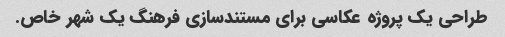
طراحی یک پروژه عکاسی برای مستندسازی فرهنگ یک شهر خاص.